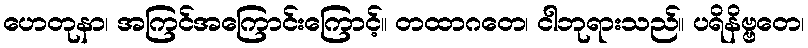
ဟေတုနာ၊ အကြင်အကြောင်းကြောင့်။ တထာဂတေ၊ ငါဘုရားသည်။ ပရိနိဗ္ဗတေ၊